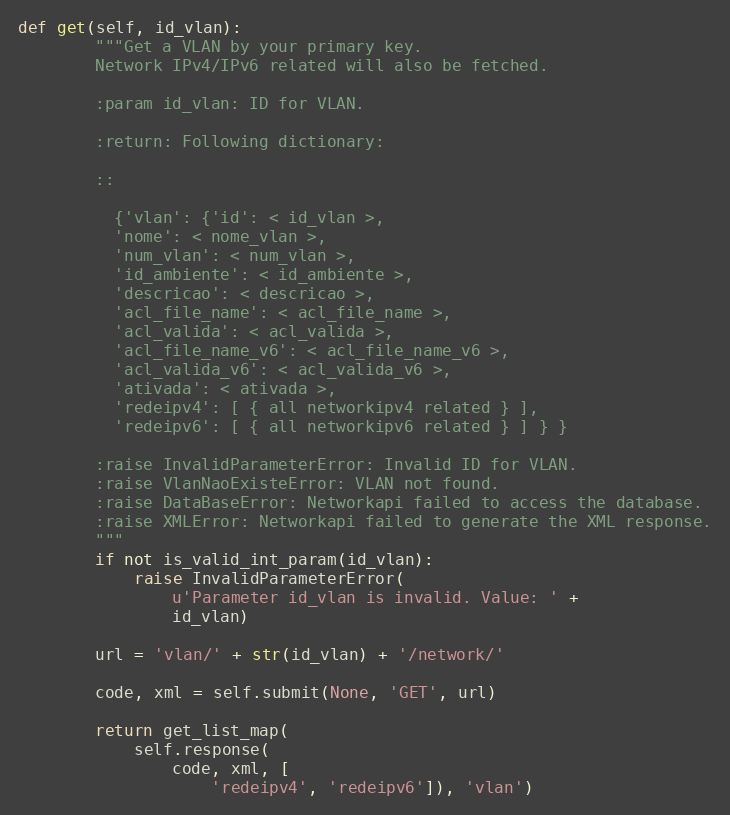
Language: Python
def get(self, id_vlan):
        """Get a VLAN by your primary key.
        Network IPv4/IPv6 related will also be fetched.

        :param id_vlan: ID for VLAN.

        :return: Following dictionary:

        ::

          {'vlan': {'id': < id_vlan >,
          'nome': < nome_vlan >,
          'num_vlan': < num_vlan >,
          'id_ambiente': < id_ambiente >,
          'descricao': < descricao >,
          'acl_file_name': < acl_file_name >,
          'acl_valida': < acl_valida >,
          'acl_file_name_v6': < acl_file_name_v6 >,
          'acl_valida_v6': < acl_valida_v6 >,
          'ativada': < ativada >,
          'redeipv4': [ { all networkipv4 related } ],
          'redeipv6': [ { all networkipv6 related } ] } }

        :raise InvalidParameterError: Invalid ID for VLAN.
        :raise VlanNaoExisteError: VLAN not found.
        :raise DataBaseError: Networkapi failed to access the database.
        :raise XMLError: Networkapi failed to generate the XML response.
        """
        if not is_valid_int_param(id_vlan):
            raise InvalidParameterError(
                u'Parameter id_vlan is invalid. Value: ' +
                id_vlan)

        url = 'vlan/' + str(id_vlan) + '/network/'

        code, xml = self.submit(None, 'GET', url)

        return get_list_map(
            self.response(
                code, xml, [
                    'redeipv4', 'redeipv6']), 'vlan')